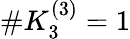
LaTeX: \# K_{3}^{(3)}=1